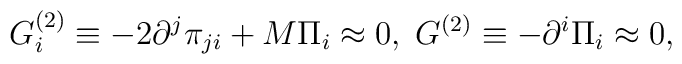
G_i^{(2)}\equiv -2\partial ^j\pi _{ji}+M\Pi _i\approx0,\;G^{(2)}\equiv -\partial ^i\Pi _i\approx 0,